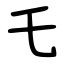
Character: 乇